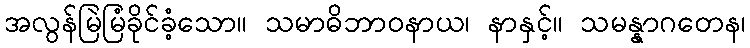
အလွန်မြဲမြံခိုင်ခံ့သော။ သမာဓိဘာဝနာယ၊ နာနှင့်။ သမန္နာဂတေန၊